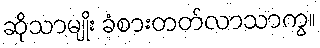
ဆိုသာမျိုး ခံစားတတ်လာသာကွ။